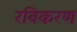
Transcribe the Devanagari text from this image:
रविकरण